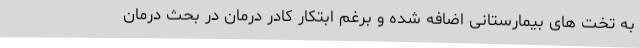
به تخت های بیمارستانی اضافه شده و برغم ابتکار کادر درمان در بحث درمان